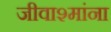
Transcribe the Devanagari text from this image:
जीवाश्मांना